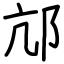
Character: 邟